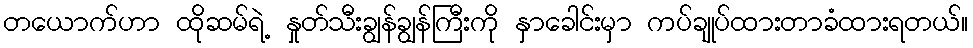
တယောက်ဟာ ထိုဆမ်ရဲ့ နှုတ်သီးချွန်ချွန်ကြီးကို နှာခေါင်းမှာ ကပ်ချုပ်ထားတာခံထားရတယ်။